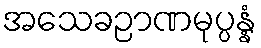
အသေခဉာဏမုပ္ပန္နံ